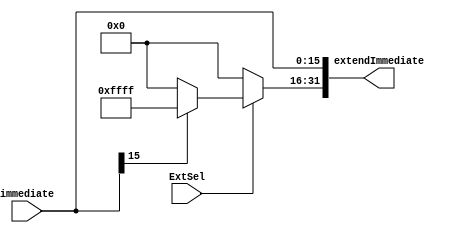
`timescale 1ns / 1ps
//////////////////////////////////////////////////////////////////////////////////
// Company: 
// Engineer: 
// 
// Design Name: 
// Module Name: SignZeroExtend
// Project Name: 
// Target Devices: 
// Tool Versions: 
// Description: 
// 
// Dependencies: 
// 
// Revision:
// Revision 0.01 - File Created
// Additional Comments:
// 
//////////////////////////////////////////////////////////////////////////////////


module SignZeroExtend(ExtSel,immediate,extendImmediate);
    input ExtSel;//ExtSel001
    input [15:0] immediate;
    output  [31:0] extendImmediate;
    
    reg [31:0] extend;
    assign extendImmediate [31:0] = extend [31:0];
    always@(*) begin
    extend [15:0] <= immediate;
    if (ExtSel == 0)
    extend [31:16] <= 16'h0000;
    else begin
        if (immediate[15] == 1)
        extend[31:16] <= 16'hffff;
        else
        extend[31:16] <= 16'h0000;
    end
    end
    
endmodule